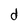
Character: d